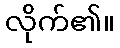
လိုက်၏။